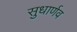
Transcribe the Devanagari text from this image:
सुधार्णव